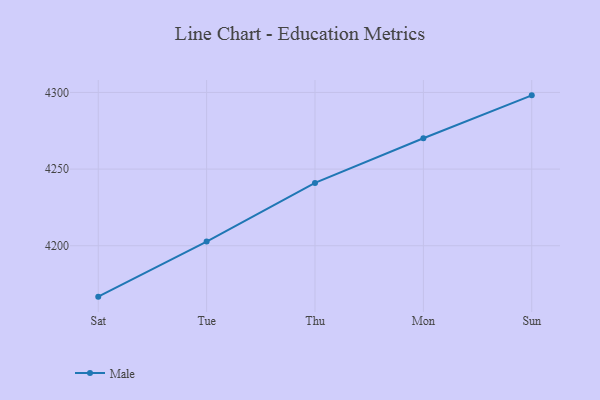
{"axis": {"x": "Day", "y": "Waste Production (Tons)"}, "legend": ["Male"], "data": [{"x": "Sat", "y": 4166.8, "type": "Male"}, {"x": "Tue", "y": 4202.7, "type": "Male"}, {"x": "Thu", "y": 4241.0, "type": "Male"}, {"x": "Mon", "y": 4270.1, "type": "Male"}, {"x": "Sun", "y": 4298.1, "type": "Male"}]}